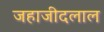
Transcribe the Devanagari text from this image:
जहाजीदलाल